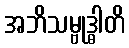
အဘိသမ္ဗုဒ္ဓါတိ